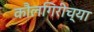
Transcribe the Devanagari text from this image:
कौलगिरीच्या